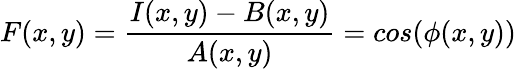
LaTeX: F(x,y)=\frac{I(x,y)-B(x,y)}{A(x,y)}=cos({\phi}(x,y))